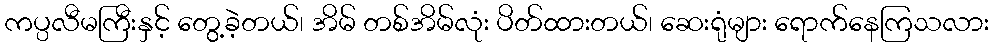
ကပ္ပလီမကြီးနှင့် တွေ့ခဲ့တယ်၊ အိမ် တစ်အိမ်လုံး ပိတ်ထားတယ်၊ ဆေးရုံများ ရောက်နေကြသလား